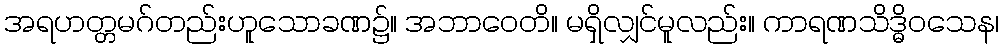
အရဟတ္တမဂ်တည်းဟူသောခဏ၌။ အဘာဝေတိ။ မရှိလျှင်မူလည်း။ ကာရဏသိဒ္ဓိဝသေန၊